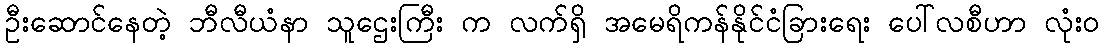
ဦးဆောင်နေတဲ့ ဘီလီယံနာ သူဌေးကြီး က လက်ရှိ အမေရိကန်နိုင်ငံခြားရေး ပေါ်လစီဟာ လုံး၀